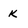
Character: k